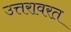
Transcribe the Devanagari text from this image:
उत्तरावरत